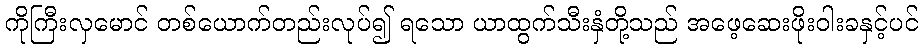
ကိုကြီးလှမောင် တစ်ယောက်တည်းလုပ်၍ ရသော ယာထွက်သီးနှံတို့သည် အဖေ့ဆေးဖိုးဝါးခနှင့်ပင်